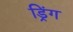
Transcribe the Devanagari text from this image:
ड्रिंग